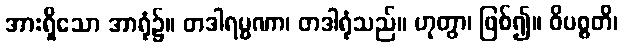
အားရှိသော အာရုံ၌။ တဒါရမ္မဏာ၊ တဒါရုံသည်။ ဟုတွာ၊ ဖြစ်၍။ ဝိပစ္စတိ၊